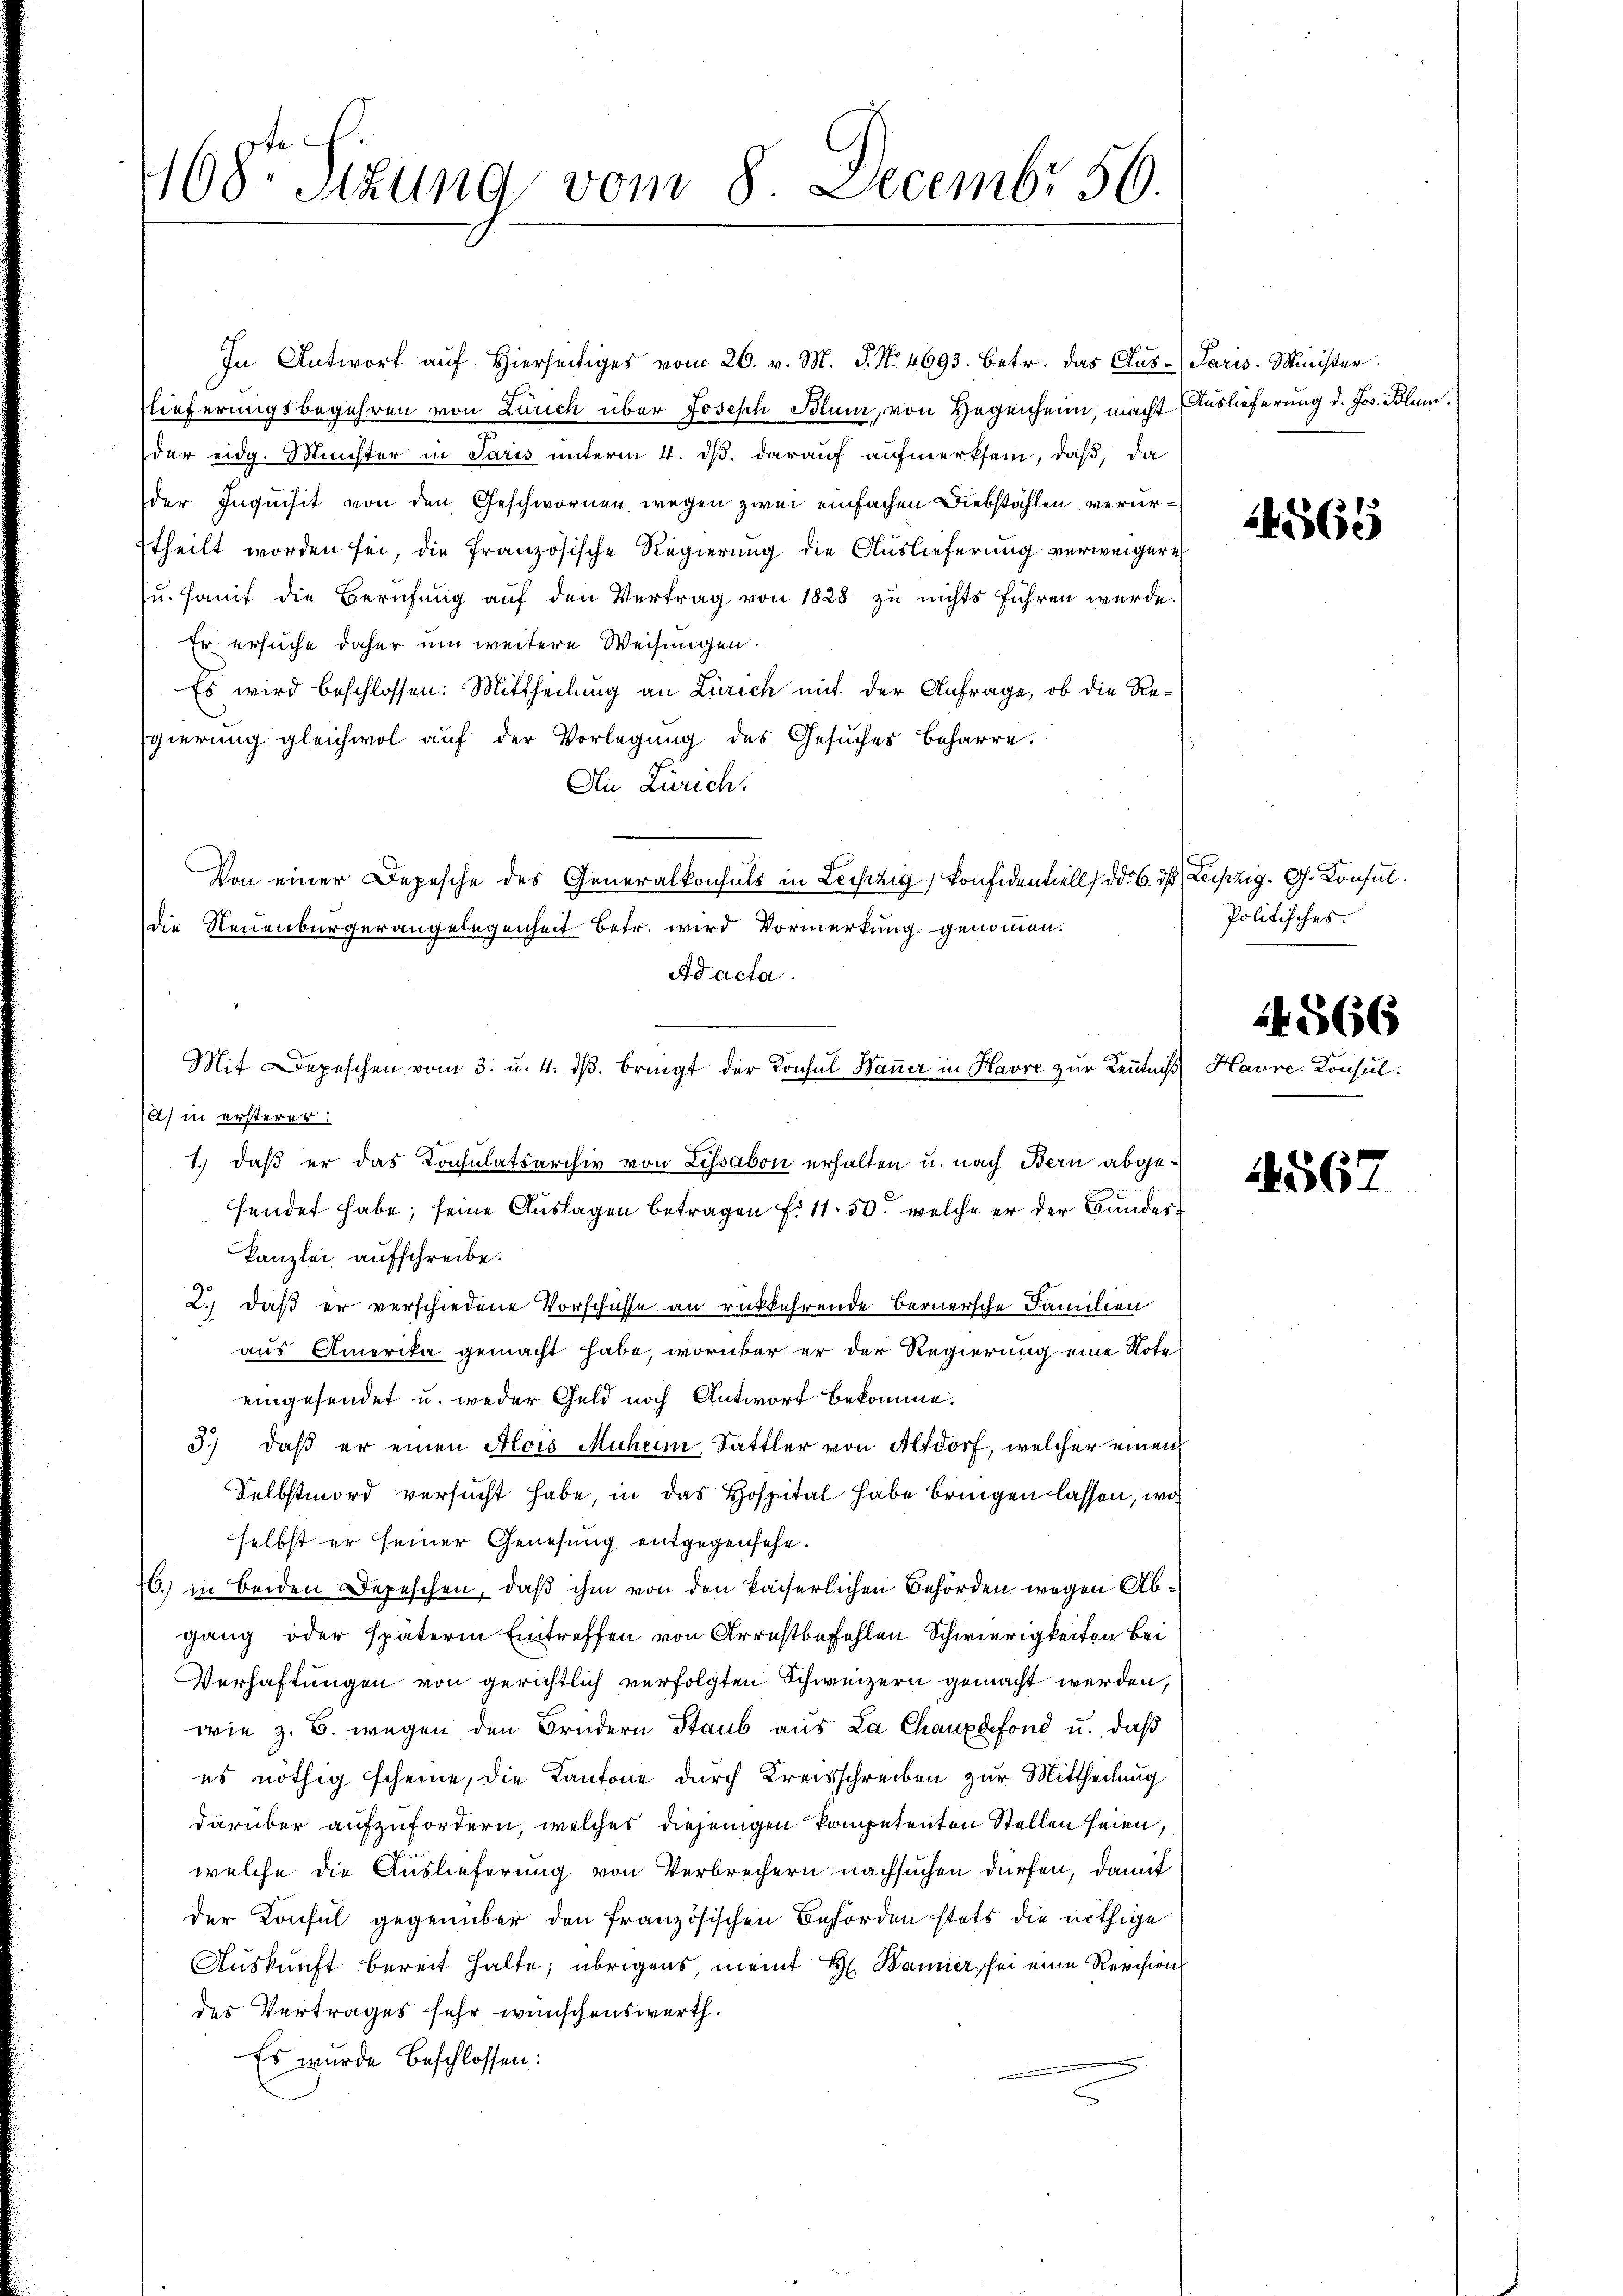
468 Sizung vom 8. Decembr 56.

In Antwort auf. Hierseitiges vom 26. v. M. J. N. 4693. betr. das Auslieferungsbegehren von Zürich über Joseph Blum, von Gegenheim, macht
der eidg. Münster in Paris unterm 4. ds. darauf aufmerksam, daß, da
der Inquisit von den Geschwornen wegen zwei einfachen Diebstählen verurttheilt worden sei, die französische Regierung die Auslieferung verweigere
u. Hamit die Berufung auf den Vertrag von 1828 zu nichts führen wurde.
Er ersuche daher um weitere Weisungen.
Es wird beschlossen: Mittheilung an Zürich mit der Anfrage, ob die Re¬
Egierung gleichwol auf der Vorlegung des Gesuches Beharre.
Die Zürich.
Von einer Depesche des Generalkonsuls in Lechzig, konfidentiell ddo 6. ds Leipzig. G. Konsul
die Neuenburgerangelegenheit betr. wird Vormerkung genommen.
Ad acta.
1) in ersterer:
1.) daß er das Konsulatsarchiv von Lissabon erhalten u. nach Bern abgefendet habe; seine Auslagen betragen f. 1150 welche er der Bundeskanzlei aufschreibe.
2.) daß er verschiedene Vorschüsse an rückkehrende Bernersche Familien
aus Amerika gemacht habe, worüber er der Regierung eine Note
eingesendet u. weder Geld noch Antwort bekomme.
3.) daß er einen Alois Muheim, Sattler von Altdorf, welcher einen
Selbstmord versucht habe, in das Hospital habe bringen lassen, wo
selbst er seiner Genesung entgegensehe.
76.) in Beiden Depeschen, daß ihm von den kaiserlichen Behörden wegen Abgang oder späterm Eintreffen von Arrestbefehlen Schwierigkeiten bei
Verhaftungen von gerichtlich verfolgten Schweizern gemacht werden,
wie z. B. wegen den Brudern Staub aus La Chauxdefond u. daß
es nöthig scheine, die Kantone durch Kreisschreiben zur Mittheilung
darüber aufzufordern, welches diejenigen kompetenten Stellen seien,
welche die Auslieferung von Verbrechern nachsuchen dürfen, damit
der Konsul gegenüber den französischen Behörden stets die nöthige
Auskunft bereit halte; übrigens, meint H. Bannier, sei eine Revisions
des Vertrages sehr wünschenswerth.
Es wurde beschlossen:
.

Mit Depeschen vom 3. u. 4. dβ. bringt der Konsul Mauer in Havre zur Kenntniß Havre, Konsul¬

Paris Minister.
Auslieferung d. Jos. Blum.

4565

Politisches.

24566

4567